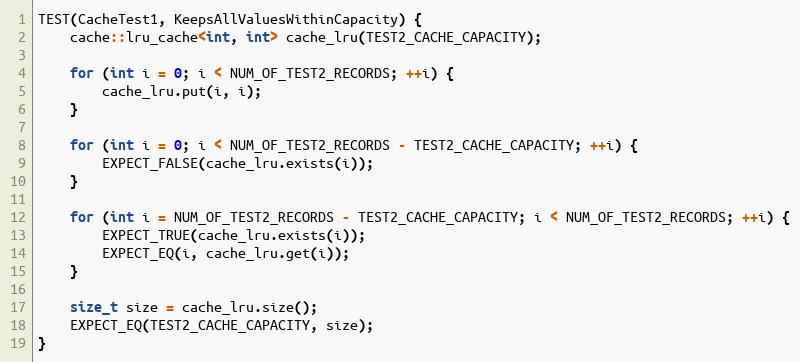
Language: C++
TEST(CacheTest1, KeepsAllValuesWithinCapacity) {
    cache::lru_cache<int, int> cache_lru(TEST2_CACHE_CAPACITY);

    for (int i = 0; i < NUM_OF_TEST2_RECORDS; ++i) {
        cache_lru.put(i, i);
    }

    for (int i = 0; i < NUM_OF_TEST2_RECORDS - TEST2_CACHE_CAPACITY; ++i) {
        EXPECT_FALSE(cache_lru.exists(i));
    }

    for (int i = NUM_OF_TEST2_RECORDS - TEST2_CACHE_CAPACITY; i < NUM_OF_TEST2_RECORDS; ++i) {
        EXPECT_TRUE(cache_lru.exists(i));
        EXPECT_EQ(i, cache_lru.get(i));
    }

    size_t size = cache_lru.size();
    EXPECT_EQ(TEST2_CACHE_CAPACITY, size);
}